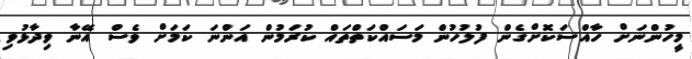
މީހުންނަށް ހާއްސަކޮށްގެން ފުލުހުން މަސައްކަތްތައް ކުރަމުން އަންނަ ކަމަށް ވެސް އޭނާ ވިދާޅުވި